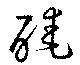
醃